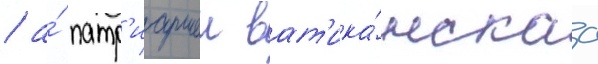
/ а́ патр'иаршеи ват'ика́нскаа